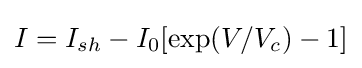
I=I_{sh}-I_{0}[\exp(V/V_{c})-1]